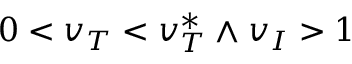
0 < v _ { T } < v _ { T } ^ { * } \land v _ { I } > 1